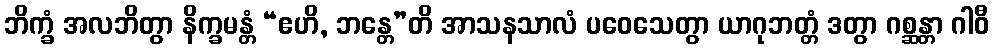
ဘိက္ခံ အလဘိတွာ နိက္ခမန္တံ “ဧဟိ, ဘန္တေ”တိ အာသနသာလံ ပဝေသေတွာ ယာဂုဘတ္တံ ဒတွာ ဂစ္ဆန္တာ ဂါဝီ